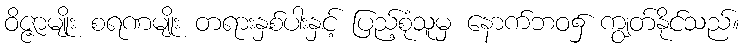
ဝိဇ္ဇာမျိုး စရဏမျိုး တရားနှစ်ပါးနှင့် ပြည့်စုံသူမှ နောက်ဘဝ၌ ကျွတ်နိုင်သည်။